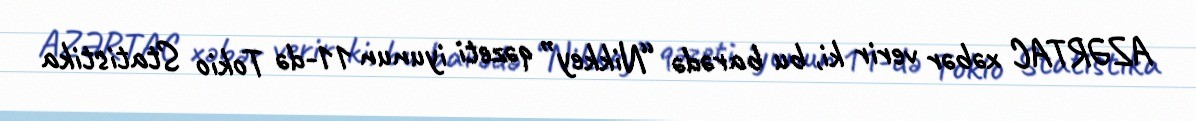
AZƏRTAC xəbər verir ki, bu barədə “Nikkey” qəzeti iyunun 11-də Tokio Statistika